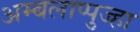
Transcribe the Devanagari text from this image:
अम्बलाप्पुज्हा